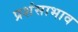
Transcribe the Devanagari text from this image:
प्रशंसाभाव